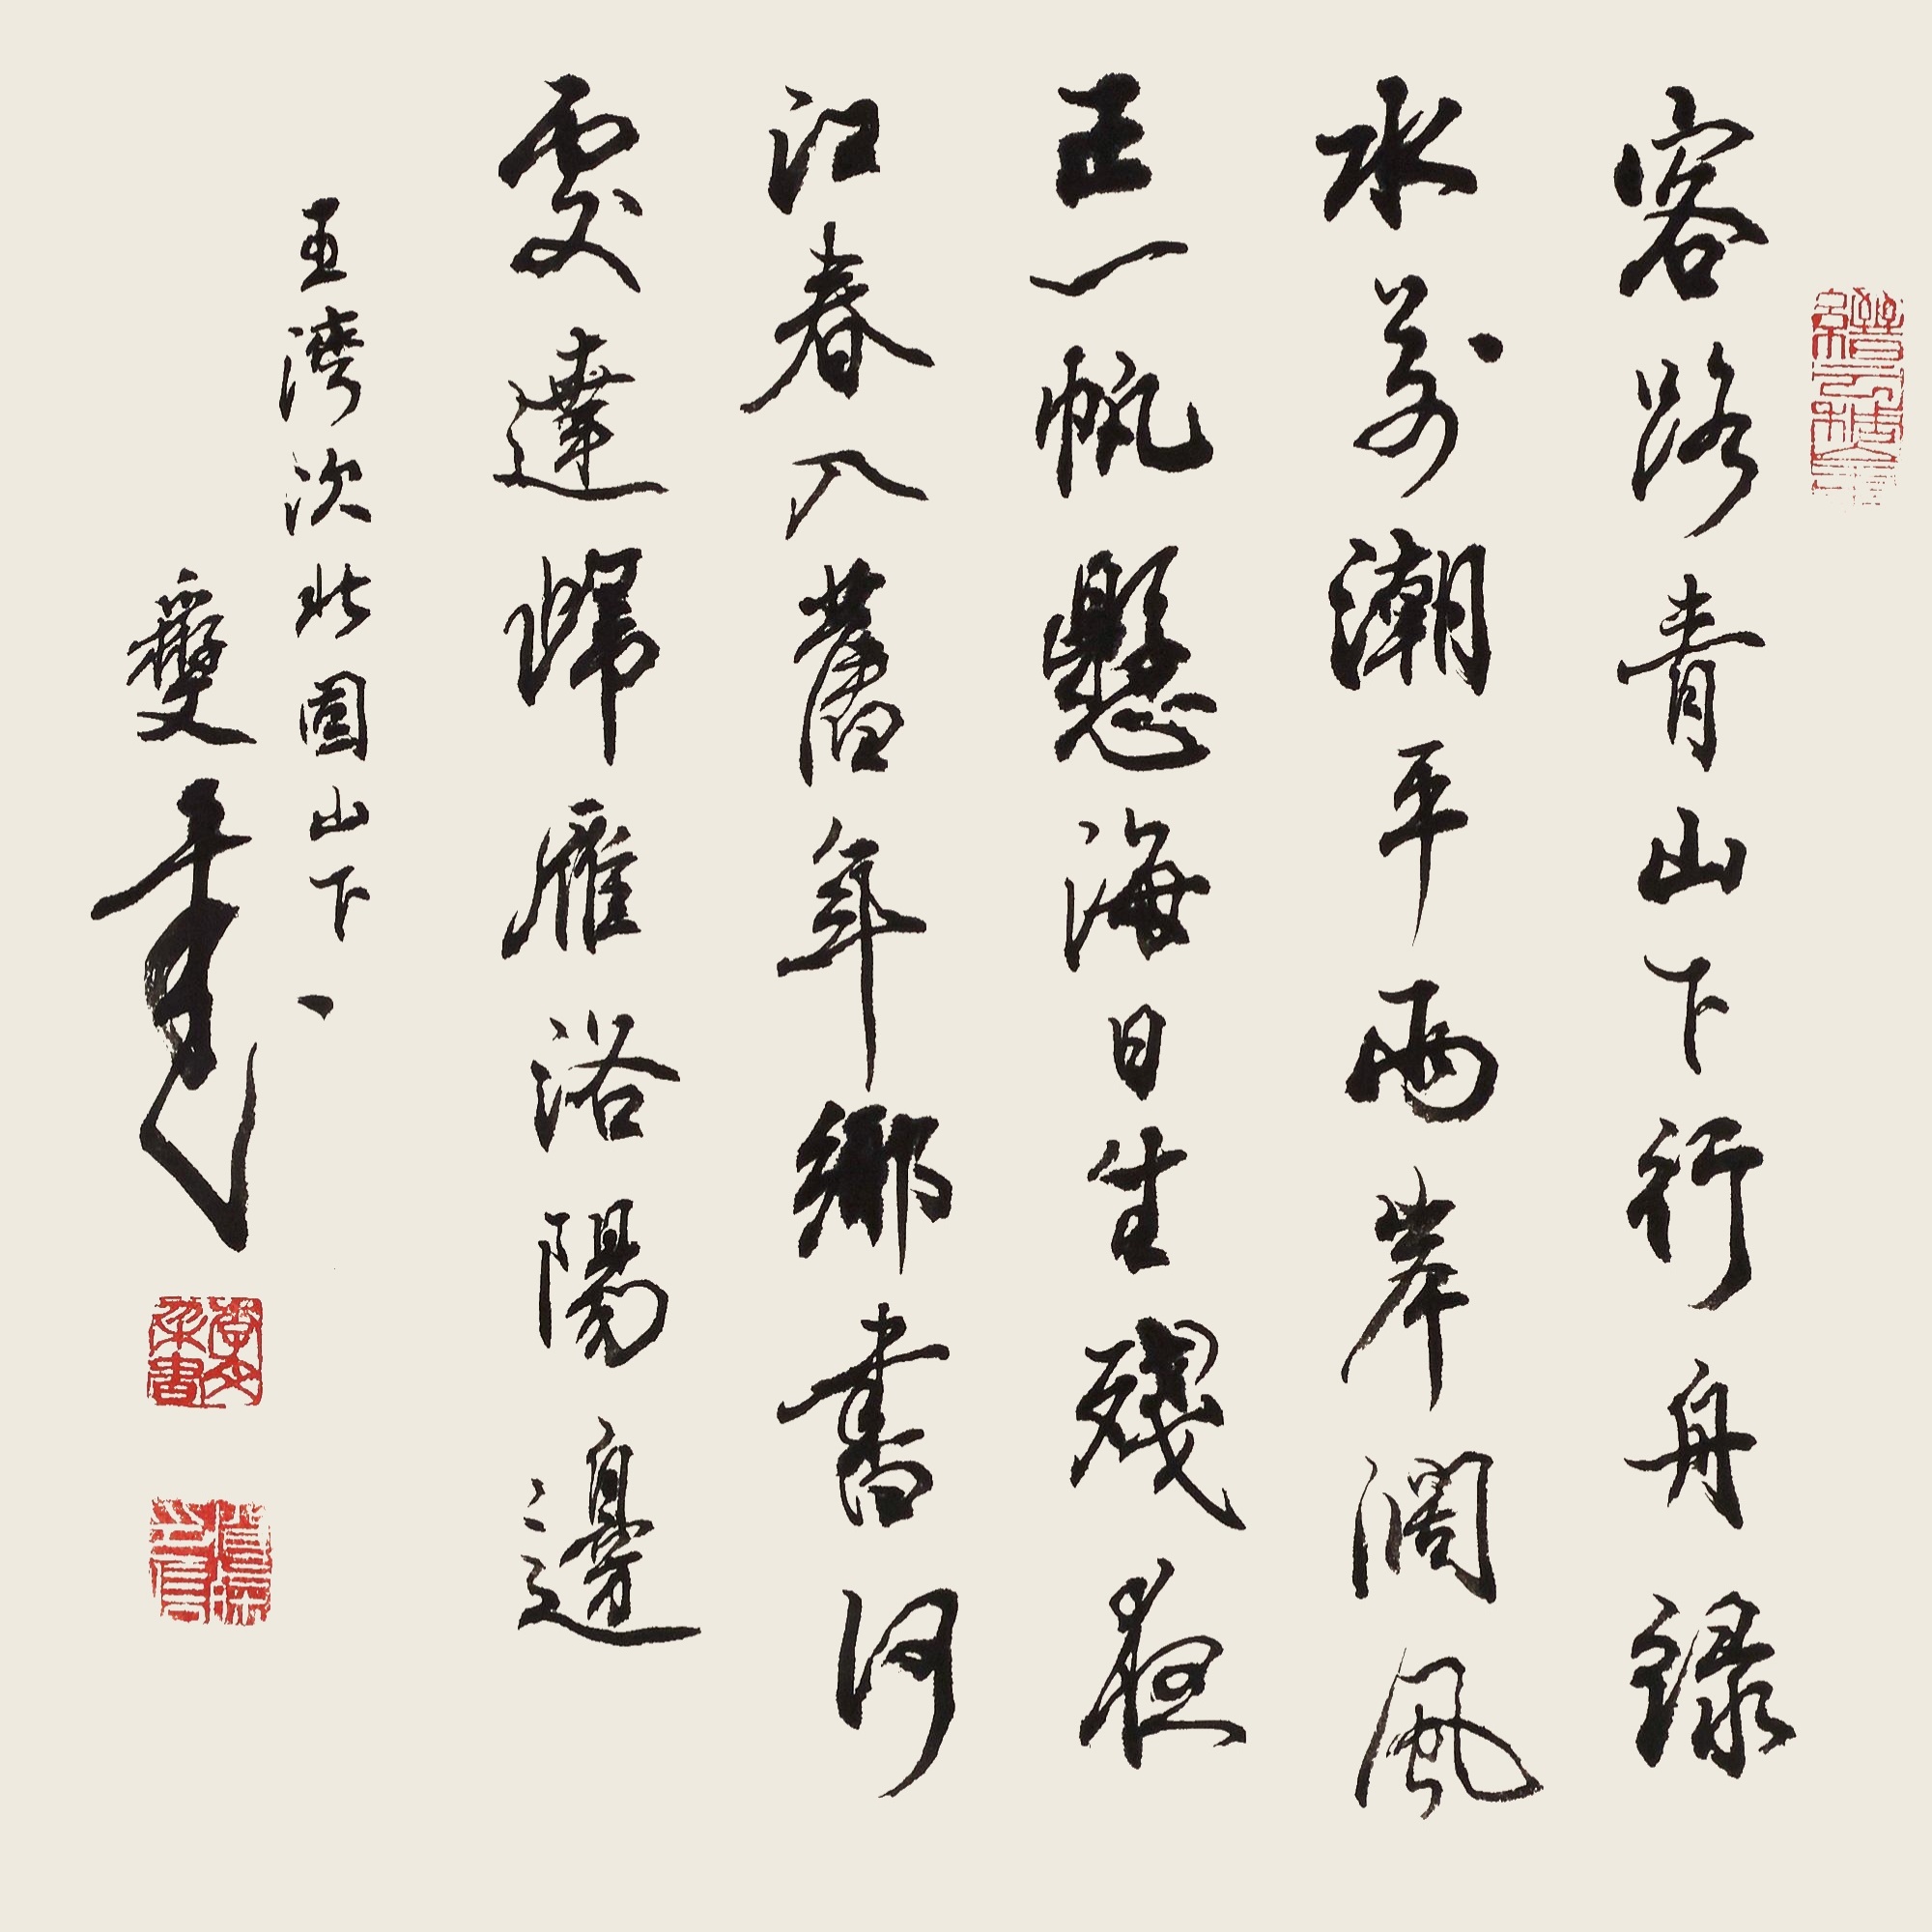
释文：客路青山下，行舟绿水前。潮平两岸阔，风正一帆悬。海日生残夜，江春入旧年。乡书何处达，归雁洛阳边。王湾次北固山下。李文采书。